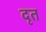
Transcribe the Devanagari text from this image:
दृत